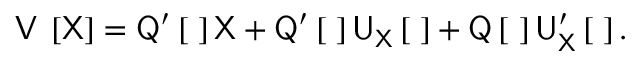
\sf V _ { \tau } \left[ \sf X \right] = \mathsf { Q } ^ { \prime } \left[ \tau \right] \mathsf { X } + \mathsf { Q } ^ { \prime } \left[ \tau \right] \mathsf { U } _ { \mathsf { X } } \left[ \tau \right] + \mathsf { Q } \left[ \tau \right] \mathsf { U } _ { \mathsf { X } } ^ { \prime } \left[ \tau \right] .